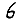
Digit: 6